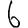
Digit: 6